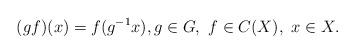
LaTeX: \begin{align*}(gf)(x) = f(g^{-1}x), g \in G,\ f \in C(X),\ x \in X.\end{align*}